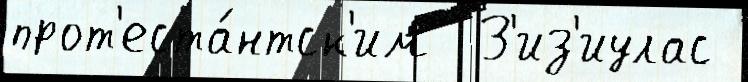
прот'еста́нтск'им  З'из'иулас